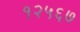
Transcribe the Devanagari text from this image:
१२५६७